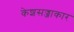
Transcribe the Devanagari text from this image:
केशसज्जाकार